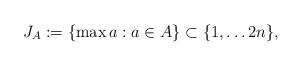
LaTeX: \begin{align*} J_A := \{ \max a : a \in A \} \subset \{ 1 , \ldots 2n \} ,\end{align*}